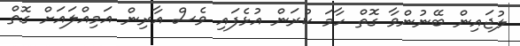
ލުޖައިން ބޭނުންވާ ގޮތް ހާމަ ކުރަން އުޅެފައި ވެސް އާރިން އަމިއްލައަށް ގޮތް